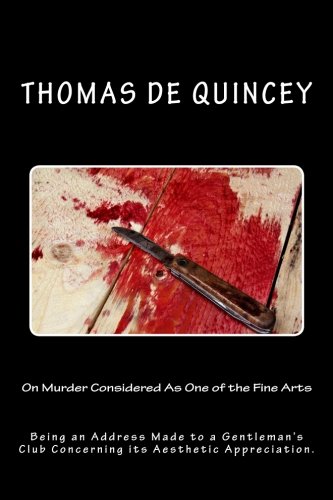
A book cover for On Murder Considered As One of the Fine Arts: Being an Address Made to a Gentleman's Club Concerning its Aesthetic Appreciation.; Thomas de Quincey; Biographies & Memoirs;